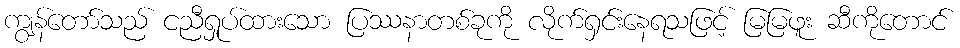
ကျွန်တော်သည် ငညီရှုပ်ထားသော ပြဿနာတစ်ခုကို လိုက်ရှင်းနေရသဖြင့် မြမြဖူး ဆီကိုတောင်